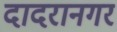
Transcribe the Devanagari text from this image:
दादरानगर